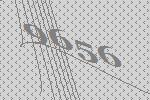
9656